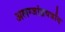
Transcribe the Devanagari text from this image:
अलग्जांद्रवर्त्रांद